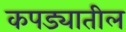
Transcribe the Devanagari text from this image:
कपड्यातील